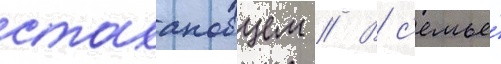
стахановцем // В с'емье́